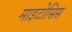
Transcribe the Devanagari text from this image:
माइटोसिस